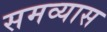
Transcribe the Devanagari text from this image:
समव्यास